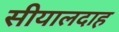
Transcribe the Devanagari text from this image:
सीयालदाह